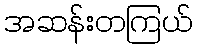
အဆန်းတကြယ်